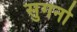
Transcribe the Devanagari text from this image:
सुगनो